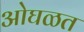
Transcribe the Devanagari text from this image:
ओघळत